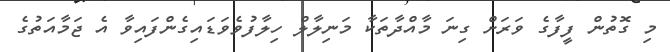
މި ގޮތުން ފީފާގެ ވަރަށް ގިނަ މާއްދާތަކާ މަނިލާލް ހިލާފުވެވަޑައިގެންފައިވާ އެ ޖަމާއަތުގެ